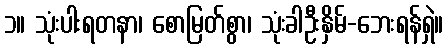
၁။ သုံးပါးရတနာ၊ စောမြတ်စွာ၊ သုံးခါဦးနှိမ်-ဘေးရန်ရှဲ။